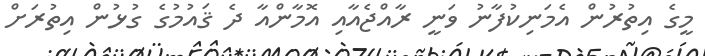
މީގެ އިތުރުން އެމަނިކުފާނު ވަނީ ރާއްޖެއާއި އޮމާންއާ ދެ ޤައުމުގެ ގުޅުން އިތުރަށް